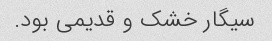
سیگار خشک و قدیمی بود.